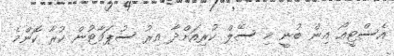
އެސްޓީއޯ އިން ބުނީ މި ސޭލް ކުރިއަށްދާ އިރު ސުޕަމާޓުން ކުރާ ކޮންމެ